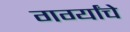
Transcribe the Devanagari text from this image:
गर्ग्यांचे